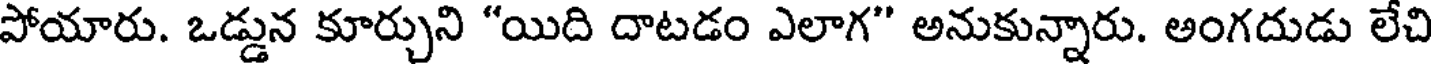
పోయారు. ఒడ్డున కూర్చుని "యిది దాటడం ఎలాగ" అనుకున్నారు. అంగదుడు లేచి